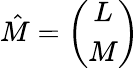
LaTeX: \hat{M}=\left(\begin{array}{c}{{L}}\\ {{M}}\end{array}\right)